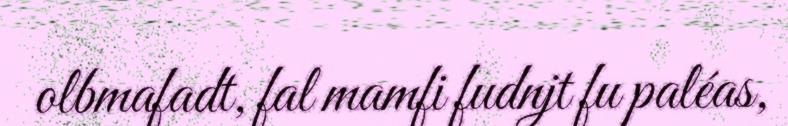
olbmafadt, fal mamfi fudnjt fu paléas,